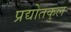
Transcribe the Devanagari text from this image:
प्रद्योतकुल